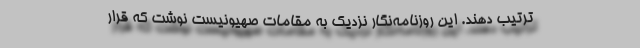
ترتیب دهند. این روزنامه‌نگار نزدیک به مقامات صهیونیست نوشت که قرار